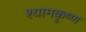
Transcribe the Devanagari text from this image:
श्यामकृष्ण